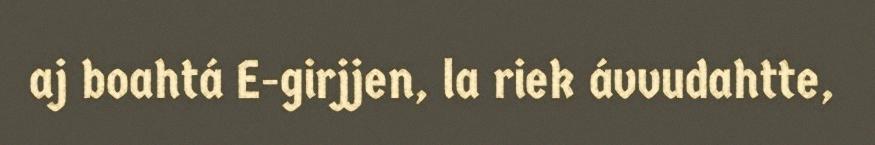
aj boahtá E-girjjen, la riek ávvudahtte,